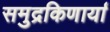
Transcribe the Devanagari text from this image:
समुद्रकिणार्या